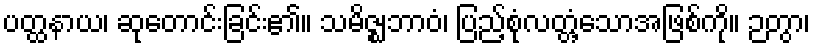
ပတ္ထနာယ၊ ဆုတောင်းခြင်း၏။ သမိဇ္ဈဘာဝံ၊ ပြည့်စုံလတ္တံ့သောအဖြစ်ကို။ ဉတွာ၊